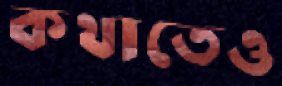
কথাতেও